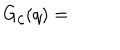
LaTeX: G _ { \zeta } ( q ) =